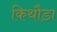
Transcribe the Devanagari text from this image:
किथौडा